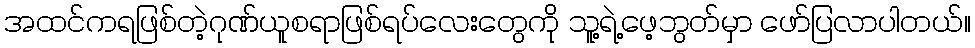
အထင်ကရဖြစ်တဲ့ဂုဏ်ယူစရာဖြစ်ရပ်လေးတွေကို သူ့ရဲ့ဖေ့ဘွတ်မှာ ဖော်ပြလာပါတယ်။